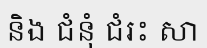
និង ជំនុំ ជំរះ សា